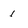
Character: 1